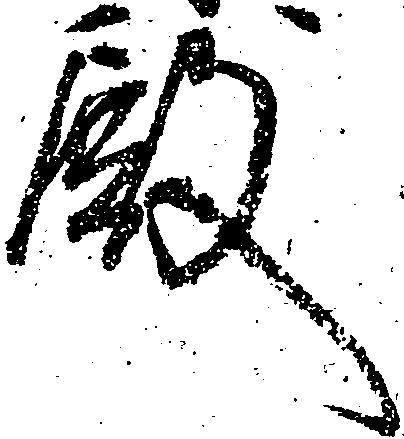
殿